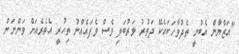
''އަޒްޔާން އެބުނީ ތެދުވާހަކައެކޭ ދަތުރު ވަރުބަލި ވެސް ވެފައެއްނު ތިހުރީ އެތެރެއަށް ވަންނަން